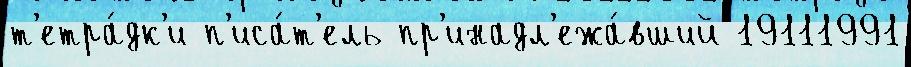
т'етра́дк'и п'иса́т'ель пр'инадл'ежа́вший 19111991